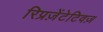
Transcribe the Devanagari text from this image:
रिप्रज़ेंटेटिवज़